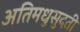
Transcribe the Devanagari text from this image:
अतिमधुसुदती